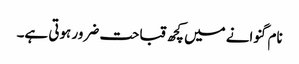
نام گنوانے میں کچھ قباحت ضرور ہوتی ہے۔